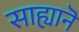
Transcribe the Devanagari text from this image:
साह्यानॆ